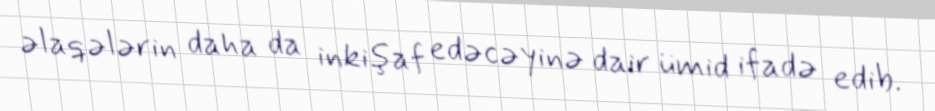
əlaqələrin daha da inkişaf edəcəyinə dair ümid ifadə edib.